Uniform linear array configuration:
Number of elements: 16
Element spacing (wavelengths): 0.25
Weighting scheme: hann
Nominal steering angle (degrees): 15
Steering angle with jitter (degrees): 16.17
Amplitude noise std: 0.05
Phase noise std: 0.05

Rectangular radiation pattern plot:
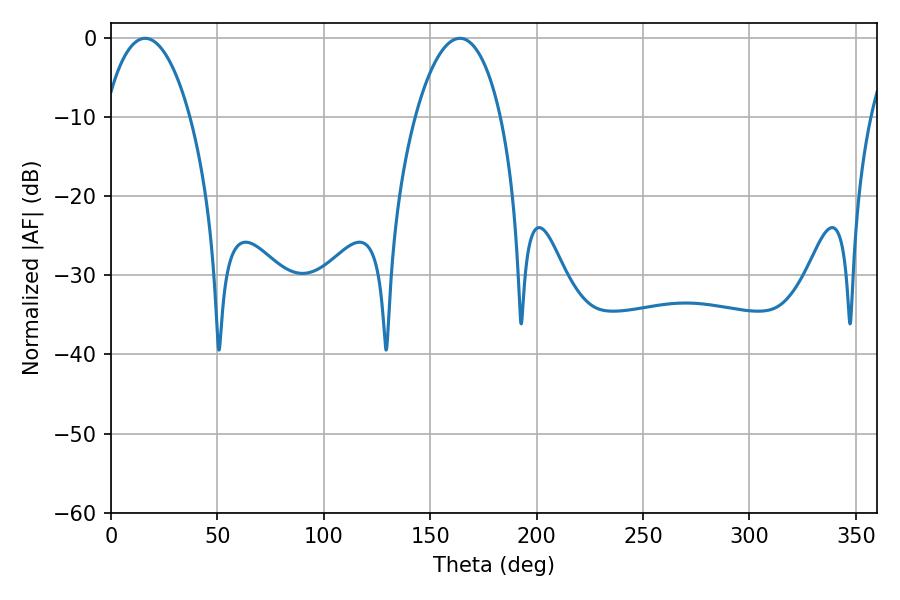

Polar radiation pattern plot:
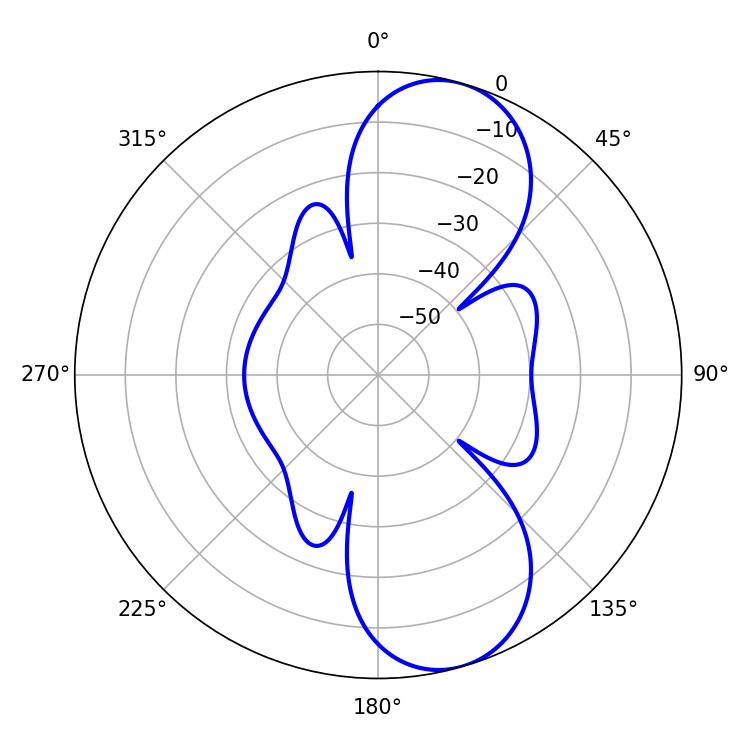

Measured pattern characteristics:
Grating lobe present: FALSE
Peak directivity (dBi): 9.287
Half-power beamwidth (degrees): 22.68
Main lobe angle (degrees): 16.02